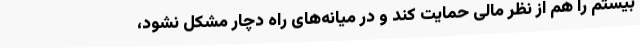
بیستم را هم از نظر مالی حمایت کند و در میانه‌های راه دچار مشکل نشود،